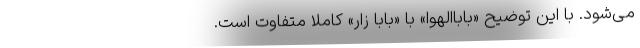
می‌شود. با این توضیح «باباالهوا» با «بابا زار» کاملا متفاوت است.